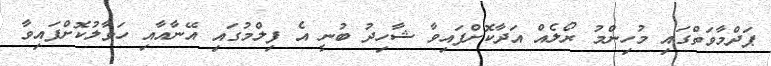
ޕަދްމާވަތްގައި މުހިންމު ރޯލެއް އަދާކޮށްފައިވާ ޝާހިދު ބުނީ އެ ފިލްމުގައި އޭނާއާއި ހަވާލުކޮށްފައިވާ